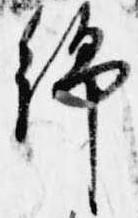
綿